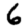
Digit: 6